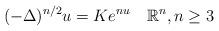
LaTeX: \begin{align*}(-\Delta)^{n/2}u=Ke^{nu}\quad\mathbb{R}^{n}, n\geq 3\end{align*}